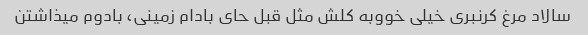
سالاد مرغ کرنبری خیلی خووبه کلش مثل قبل حای بادام زمینی، بادوم‌ میذاشتن